Lunatic asylums Punjab 1911-1921 - 1911-1921
Year: 1911
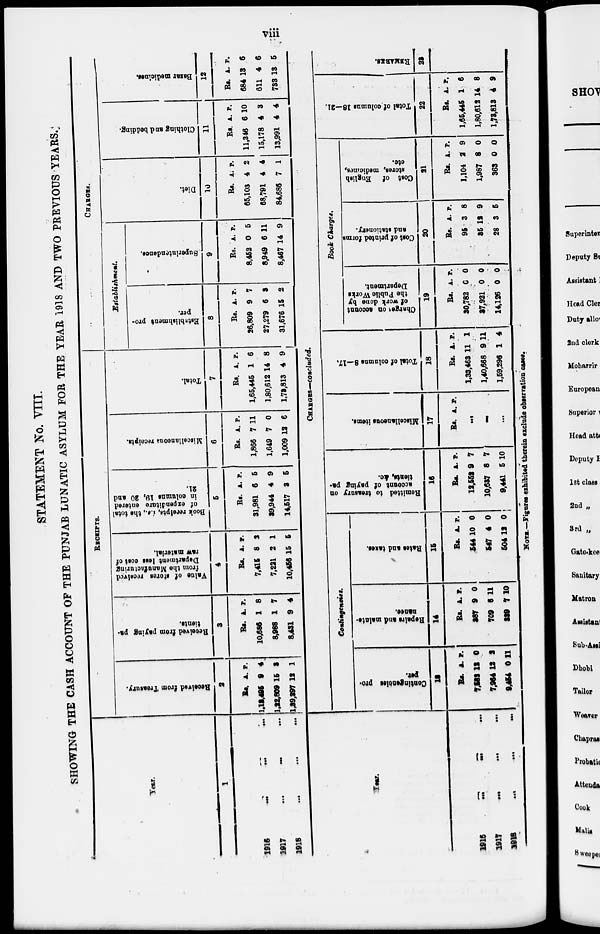
viii.
STATEMENT No. VIII.
SHOWING THE CASH ACCOUNT OF THE PUNJAB LUNATIC ASYLUM FOR THE YEAR 1918 AND TWO PREVIOUS YEARS.
Year.
1
1916
...
...
1917
...
...
1918
...
...
RECEIPTS.
Received from Treasury.
2
Rs.
1,13,405
1,22,809
1,39,397
A.
9
15
12
P.
4
3
1
Received from paying pa-
tients.
3
Rs.
10,686
8,988
8,431
A.
1
1
9
P.
8
7
4
Value of stores received
from the Manufacturing
Department less cost of
raw material.
4
Rs.
7,415
7,221
10,456
A.
8
2
15
P.
2
1
5
Book receipts, i.e., the total
of expenditure entered
in columns 19, 20 and
21.
5
Rs.
31,981
39,944
14,517
A.
6
4
3
P.
5
9
5
Miscellaneous receipts.
6
Rs.
1,866
1,649
1,009
A.
7
7
12
p.
11
0
6
Total.
7
Rs.
1,65,445
1,80,612
1,73,813
A.
1
14
4
P.
6
8
9
CHARGES.
Establishment.
Establishment pro-
per.
8
Rs.
26,809
27,279
31,676
A.
9
6
15
P.
7
3
2
Superintendence.
9
Rs.
8,452
8,949
8,467
A.
0
6
14
P.
5
11
9
Diet.
10
Rs.
65,103
68,791
84,686
A.
4
4
7
P.
2
4
1
Clothing and bedding.
11
Rs.
11,346
15,178
13,991
A.
6
4
4
P.
10
3
4
Bazar medicines.
12
Rs.
684
611
733
A.
13
4
13
P.
6
6
5
Year.
1916
...
...
1917
...
...
1918 ... ...
CHARGES—concluded.
Contingencies.
Contingencies pro-
pet.
13
Rs.
7,582
7,934
9,454
A.
12
12
0
P.
0
2
11
Repairs and mainte-
nance.
14
Rs.
287
709
229
A,
9
6
7
p.
0
11
10
Rates and taxes.
15
Rs.
544
547
504
A.
10
4
12
P.
0
0
0
Remitted to treasury on
account of paying pa-
tients, Ac.
16
Be.
12,552
10,637
9,441
A.
9
8
5
p.
7
7
10
Miscellaneous items.
17
Rs. A. P.
...
...
...
Total of columns 8—17.
18
Rs.
1,33,463
1,40,668
1,59,298
A.
11
9
1
p.
1
11
4
Book Charge*.
Charges
on account
of work done by
the Public Works
Department.
19
Rs.
30,782
37,921
14,126
A.
0
0
0
p.
0
0
0
Cost of printed forms
and stationery.
20
Rs.
95
35
28
A.
3
12
3
p.
8
9
5
Cost of
English
stores, medicines,
etc.
21
Rs.
1,104
1,987
363
A.
2
8
0
P.
9
0
0
Total of columns 18—21.
22
Rs.
1,65,445
1,80,612
1,73,813
A.
1
14
4
P.
6
8
9
REMARKS.
23
NOTE.—Figures exhibited therein exclude observation cases.